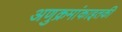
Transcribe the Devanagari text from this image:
अणुक्रमांकाइतकी